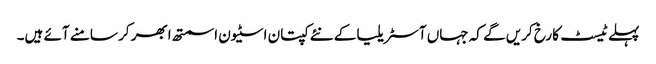
پہلے ٹیسٹ کا رخ کریں گے کہ جہاں آسٹریلیا کے نئے کپتان اسٹیون اسمتھ ابھر کر سامنے آئے ہیں۔